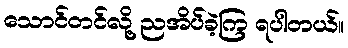
သောင်တင်လို့ ညအိပ်ခဲ့ကြ ရပါတယ်။